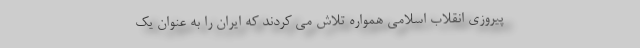
پیروزی انقلاب اسلامی همواره تلاش می کردند که ایران را به عنوان یک